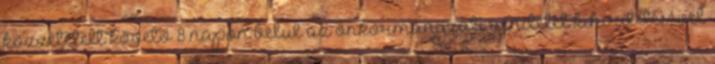
közzétételt követő 8 napon belül az önkormányzati rendelet kihirdetésével